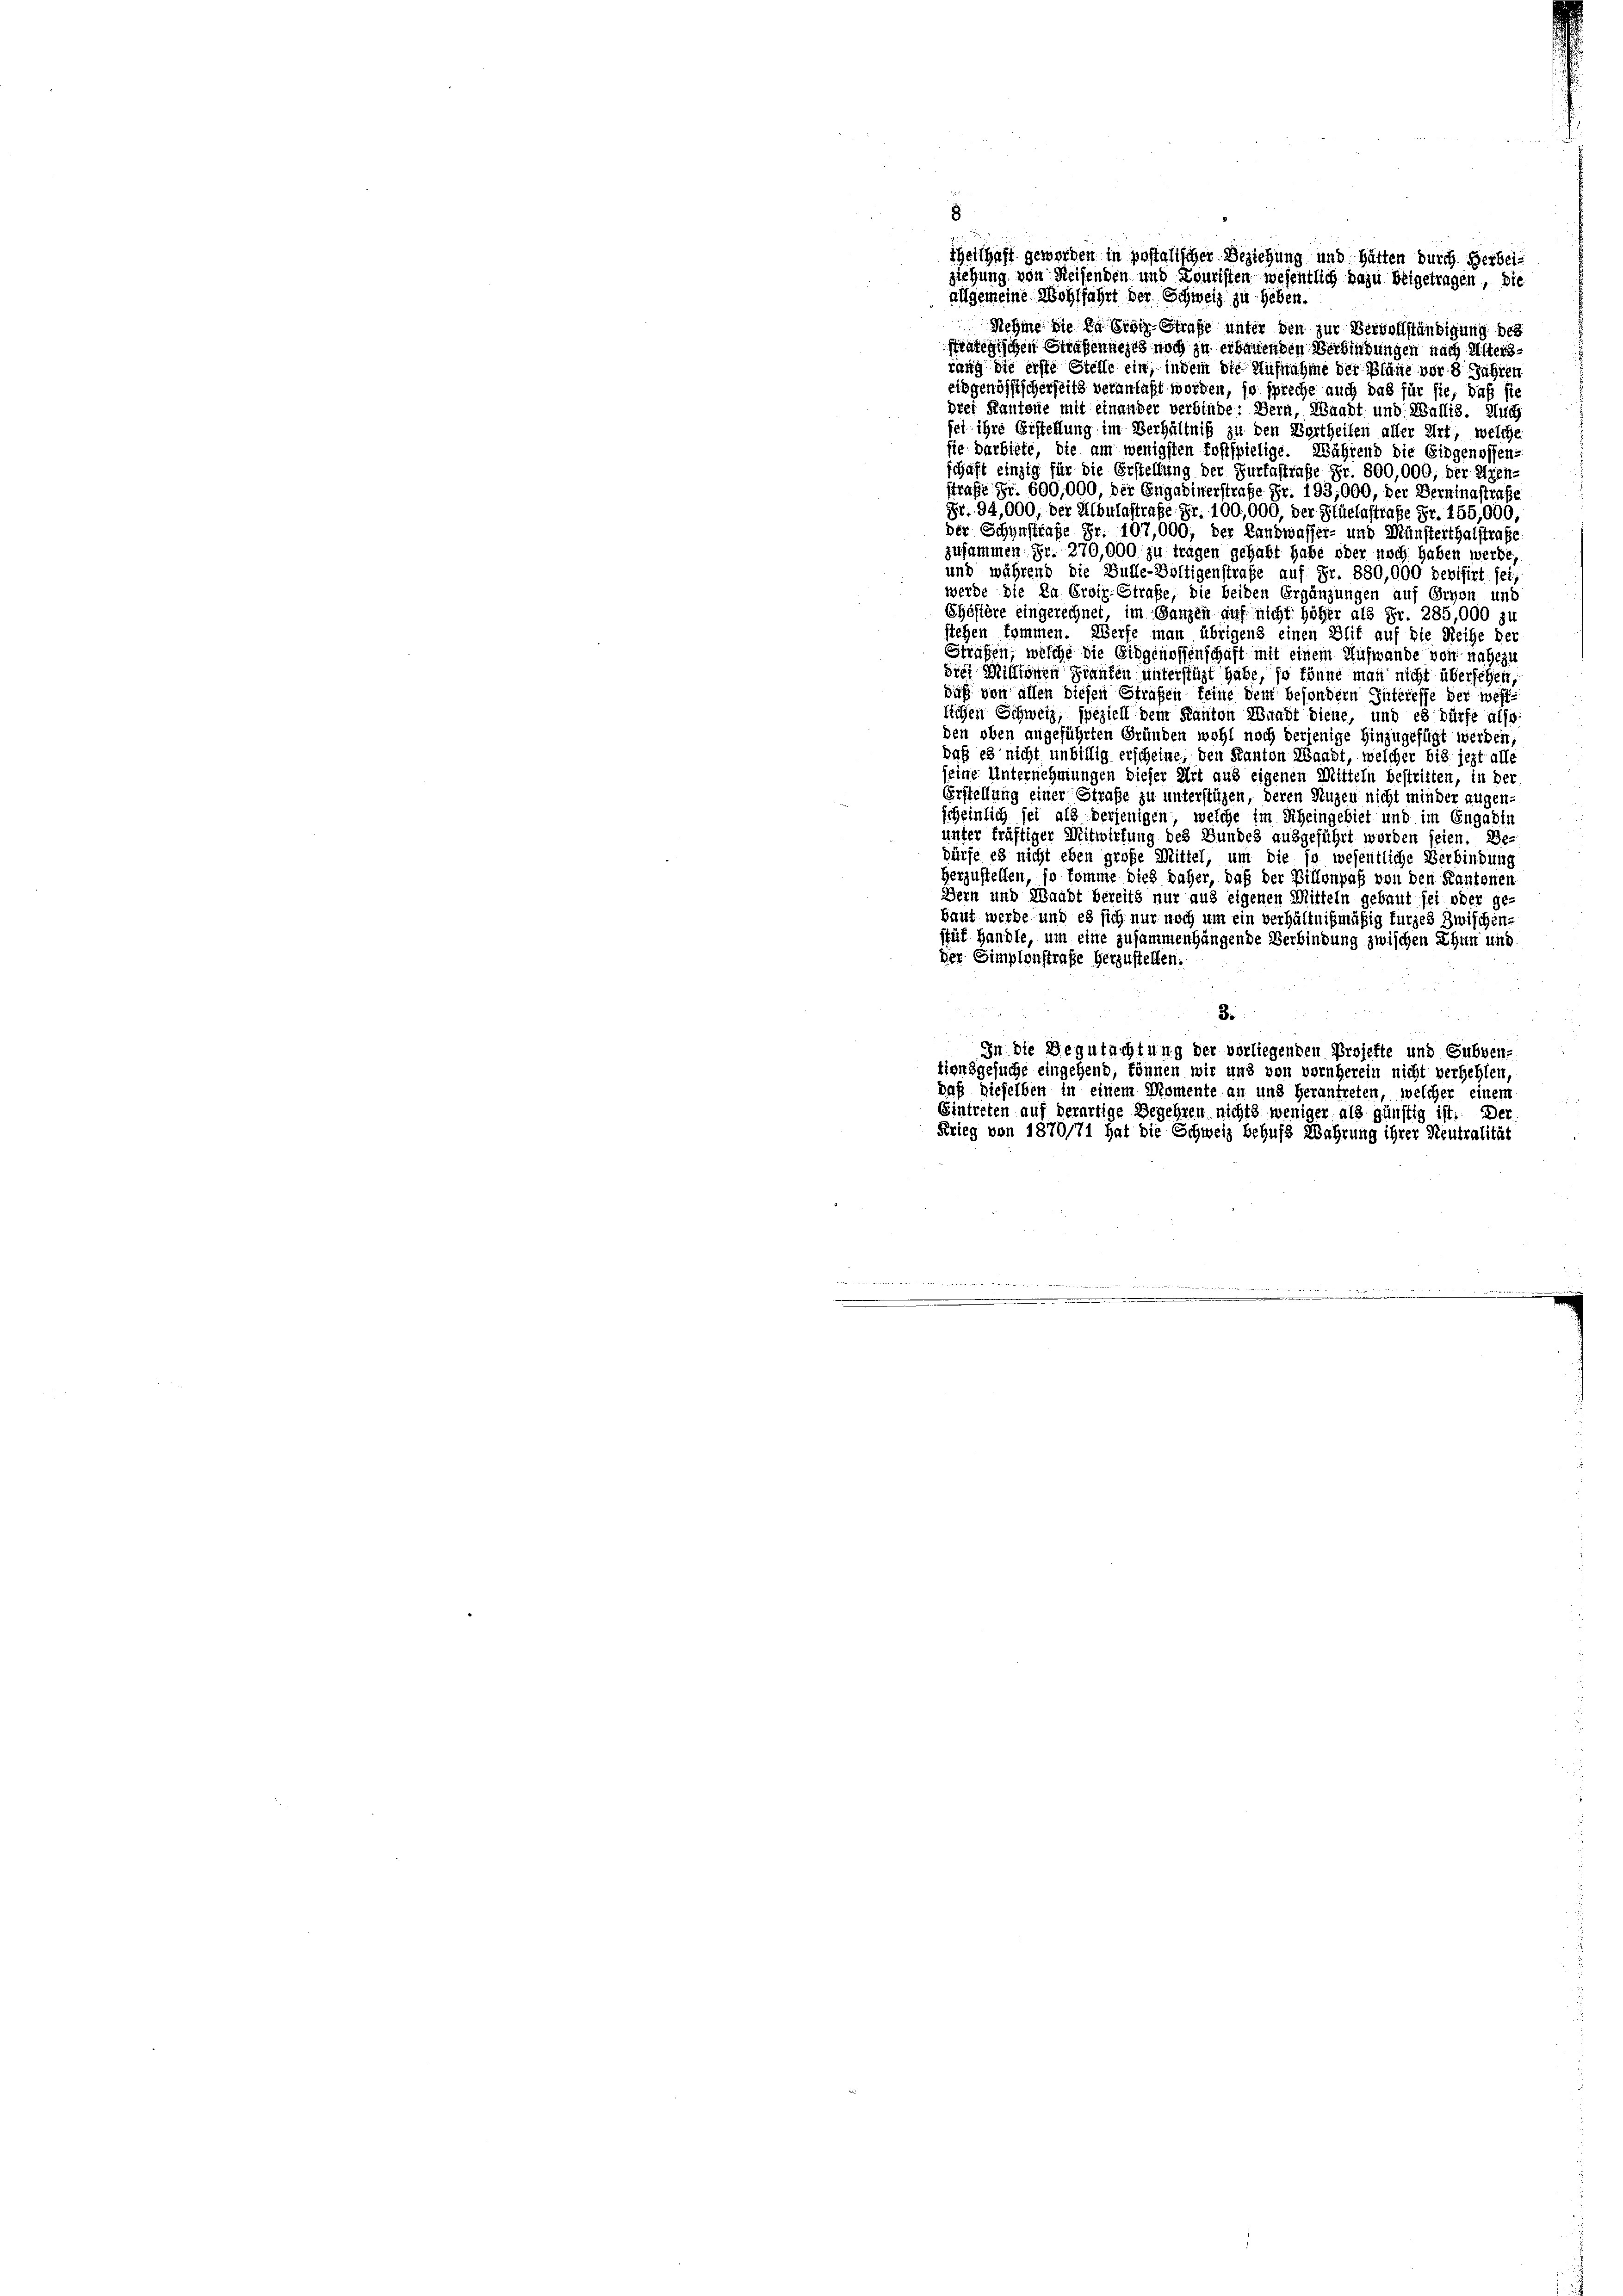
8
iheithaft geworben in postalischer Beziehung und hätten durch Herbeiziehung von Reisenden und Louristen wesentlich dazu beigetragen, die
allgemeine Wohlfahrt der Schweiz zu heben.

Nehme die da Erdig-Strafe unter den zur Vervollständigung des

stratigischen Straßenneres noch zu erbauenden Verbindungen nach Alterszung die erste Stelle ein, indem die Aufnahme der Pläne vor 8 Jahren
eidgenössischerseits veranlaßt worden, so spreche auch das für sie, daß sie
Drei Kantone mit einander verbinde: Bern, Waadt und Wallis. Auch
sei ihre Erstellung im Verhältniß zu den Vertheilen aller Art, welche
sie darbiete, die am wenigsten Postspielige. Während die Eidgenossen-
schaft einzig für die Erstellung der Furtastraße Fr. 800,000, der Wien,
straße Fr. 600,000, der Engabinerstrafe Fr. 193,000, der Berningstrafe
Fr. 94,000, der Albulastrafe Fr. 100,000, der Stüelastrafe Fr. 155,000,
der Schynstrafe Fr. 107,000, der Landwasser- und Münsterthalstrafe
zusammen. Fr. 270,000 zu tragen gehabt habe oder noch haben werde,
und während die Bulle-Voltigenstrafe auf Fr. 880,000 devisirt sei,
werde die Da Erviz-Straße, die beiden Ergänzungen auf Oryen und
Ehösière eingerechnet, im Ganzen auf nicht höher als Fr. 285,000 zu
stehen kommen. Werfe man übrigens einen Blif auf die Reihe be
Strafen, welche die Eidgenossenschaft mit einem Aufwande von nahezu
dies Millionen Franten unterstüzt habe, so könne man nicht übersehen,
daß von allen diesen Strafen feine dem besondern Interesse der westlichen Schweiz, speziell dem Kanton Waadt diene, und es dürfe also
den oben angeführten Gründen wohl noch derjenige Hinzugefügt werden,
daß es nicht unbillig erscheine, den Kanton Waadt, welcher bis jezt all
seine Unternehmungen dieser Art aus eigenen Mitteln bestritten, in de
Erstellung einer Straße zu unterstüzen, deren Augen nicht minder augenscheinlich sei als derjenigen, welche im Scheingebiet und im Engadin
unter kräftiger Mitwirtung des Bundes ausgeführt worden seien. De
dürfe es nicht eben große Mittel, um die so wesentliche Verbindung
herzustellen, so komme dies daher, daß der Billonpaß von den Kantonen
Bern und Waadt bereits nur aus eigenen Mitteln gebaut sei oder ge¬
Haut werde und es sich nur noch um ein verhältnißmäßig fürzes zwische
stät Handle, um eine zusammenhängende Verbindung zwischen Thun und
der Simplonstrafe herzustellen.
3.
In die Begutachtung der vorliegenden Projekte und Subven
tionsgesuche eingehend, können wir und von vornherein nicht verhehlen
daß dieselben in einem Momente an und herantreten, welcher einem
Eintreten auf derartige Begehren nichts weniger als günstig is
Krieg von 1870/71 hat die Schweiz behufs Wahrung ihrer Neutralität